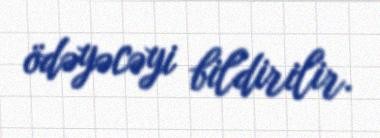
ödəyəcəyi bildirilir.